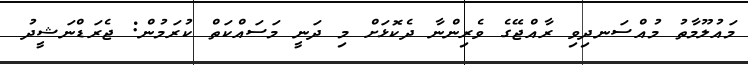
މައުލޫމާތު މުއްސަނދިވި ރާއްޖޭގެ ވެރިންނާ ދެކޮޅަށް މި ދަނީ މަސައްކަތް ކުރަމުން: ޖެރަޑްނަޝީދު